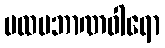
ပထမဘာဏဝါရော